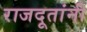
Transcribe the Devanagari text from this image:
राजदूतांनी